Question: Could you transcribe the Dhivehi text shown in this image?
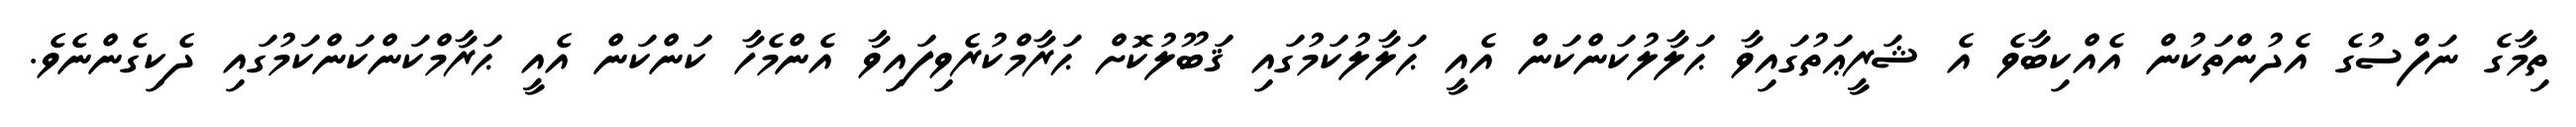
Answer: ތިމާގެ ނަފްސުގެ އެދުންތަކުން އެއްކިބާވެ އެ ޝަރީޢަތުގައިވާ ޙަލާލުކަންކަން އެއީ ޙަލާލުކަމުގައި ޤަބޫލުކޮށް ޙަރާމްކުރެވިފައިވާ އެންމެހާ ކަންކަން އެއީ ޙަރާމްކަންކަންކަމުގައި ދެކިގެންނެވެ.